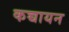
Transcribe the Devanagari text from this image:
कच्चायन